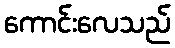
ကောင်းလေသည်